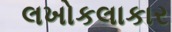
લખોકલાકાર